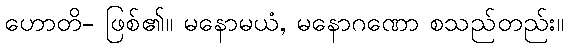
ဟောတိ- ဖြစ်၏။ မနောမယံ, မနောဂဏော စသည်တည်း။